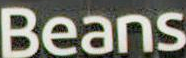
Beans